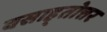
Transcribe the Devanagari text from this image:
वसाह्तोत्तर